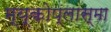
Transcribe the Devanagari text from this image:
म्य्कोप्लास्मा